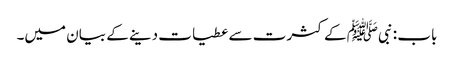
باب : نبیﷺ کے کثرت سے عطیات دینے کے بیان میں۔